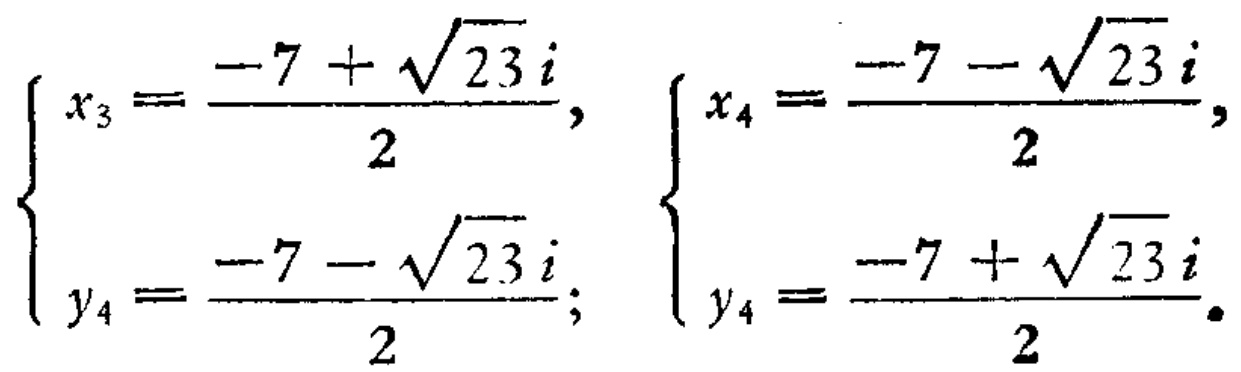
\[
\begin{cases}
x_{3}=\dfrac{-7 + \sqrt{23}i}{2},\\
y_{4}=\dfrac{-7 - \sqrt{23}i}{2};
\end{cases}
\begin{cases}
x_{4}=\dfrac{-7 - \sqrt{23}i}{2},\\
y_{4}=\dfrac{-7 + \sqrt{23}i}{2}.
\end{cases}
\]